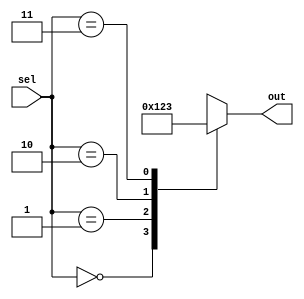
module case_example(
    input [1:0] sel,
    output reg [3:0] out
);

initial begin
    case(sel)
        2'b00: out = 4'b0000;
        2'b01: out = 4'b0001;
        2'b10: out = 4'b0010;
        2'b11: out = 4'b0011;
        default: out = 4'bXXXX; // Default case if sel does not match any of the cases
    endcase
end

endmodule